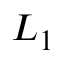
L _ { 1 }